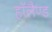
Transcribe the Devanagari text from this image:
हाॅलैण्ड